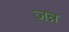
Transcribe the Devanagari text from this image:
जन्न